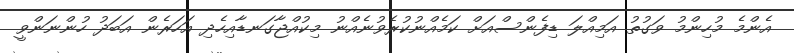
އެންމެ މުހިންމު ވަގުތު އަމިއްލަ ޑިފެންސްއަށް ކަމެއްނުކުރެވުނެއްނު މިކުއްޖާގަނޑާއިހެދި އަހަރެން އަބަދު ހުންނަންވީ